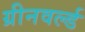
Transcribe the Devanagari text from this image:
ग्रीनवर्ल्ड